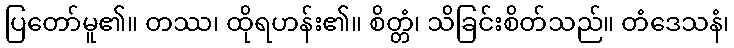
ပြတော်မူ၏။ တဿ၊ ထိုရဟန်း၏။ စိတ္တံ၊ သိခြင်းစိတ်သည်။ တံဒေသနံ၊